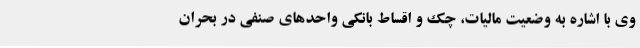
وی با اشاره به وضعیت مالیات، چک و اقساط بانکی واحدهای صنفی در بحران